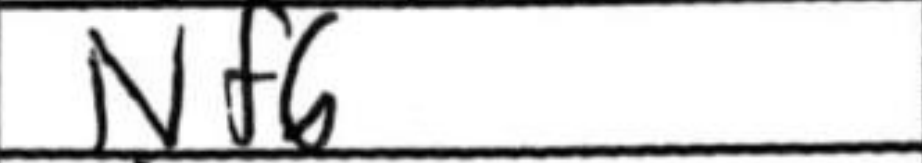
Transcription: Nf6